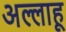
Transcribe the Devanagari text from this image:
अल्लाहू